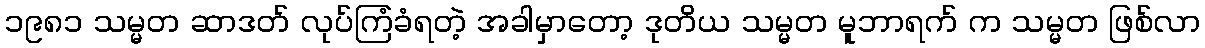
၁၉၈၁ သမ္မတ ဆာဒတ် လုပ်ကြံခံရတဲ့ အခါမှာတော့ ဒုတိယ သမ္မတ မူဘာရက် က သမ္မတ ဖြစ်လာ